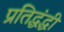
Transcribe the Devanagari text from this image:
प्रतिद्धंद्धी